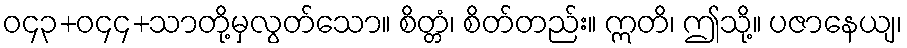
ဝ၄၃+ဝ၄၄+သာတို့မှလွတ်သော။ စိတ္တံ၊ စိတ်တည်း။ ဣတိ၊ ဤသို့။ ပဇာနေယျ၊